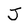
Character: J